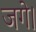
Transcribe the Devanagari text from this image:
जगे।